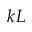
k L